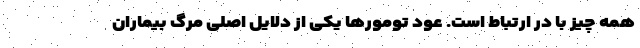
همه چیز با در ارتباط است. عود تومورها یکی از دلایل اصلی مرگ بیماران